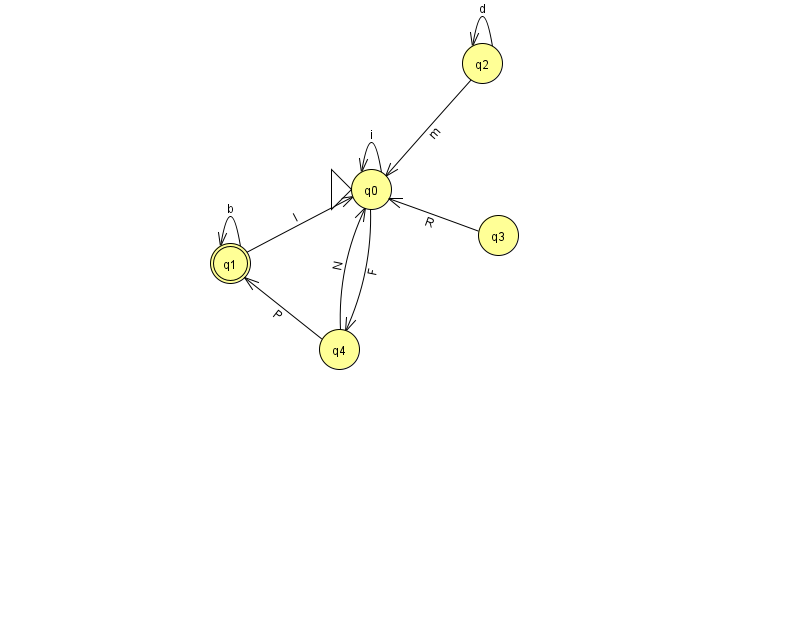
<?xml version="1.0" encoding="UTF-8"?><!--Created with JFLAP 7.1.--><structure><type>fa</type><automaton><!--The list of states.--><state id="0" name="q0"><x>371.0</x><y>176.0</y><initial/></state><state id="1" name="q1"><x>230.0</x><y>250.0</y><final/></state><state id="2" name="q2"><x>482.0</x><y>50.0</y></state><state id="3" name="q3"><x>498.0</x><y>222.0</y></state><state id="4" name="q4"><x>339.0</x><y>336.0</y></state><!--The list of transitions.--><transition><from>1</from><to>1</to><read>b</read></transition><transition><from>4</from><to>1</to><read>P</read></transition><transition><from>0</from><to>4</to><read>F</read></transition><transition><from>2</from><to>2</to><read>d</read></transition><transition><from>3</from><to>0</to><read>R</read></transition><transition><from>0</from><to>0</to><read>i</read></transition><transition><from>1</from><to>0</to><read>I</read></transition><transition><from>4</from><to>0</to><read>N</read></transition><transition><from>2</from><to>0</to><read>m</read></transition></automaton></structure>